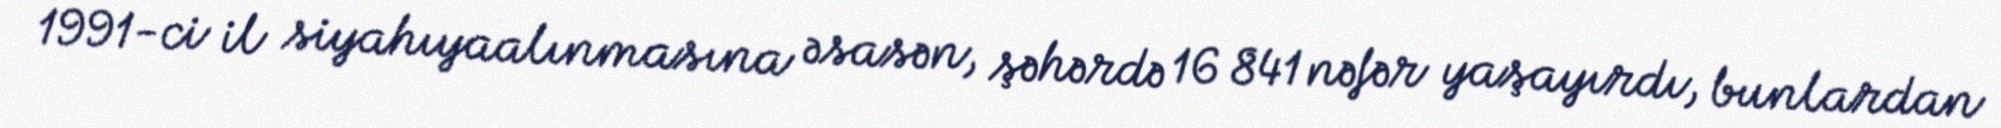
1991-ci il siyahıyaalınmasına əsasən, şəhərdə 16 841 nəfər yaşayırdı, bunlardan